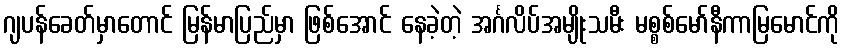
ဂျပန်ခေတ်မှာတောင် မြန်မာပြည်မှာ ဖြစ်အောင် နေခဲ့တဲ့ အင်္ဂလိပ်အမျိုးသမီး မစ္စစ်မော်နီကာမြမောင်ကို